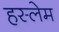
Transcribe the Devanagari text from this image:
हस्लेम